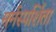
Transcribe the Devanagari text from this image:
मर्मस्पर्शिता